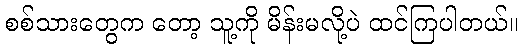
စစ်သားတွေက တော့ သူ့ကို မိန်းမလို့ပဲ ထင်ကြပါတယ်။